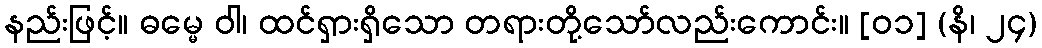
နည်းဖြင့်။ ဓမ္မေ ဝါ၊ ထင်ရှားရှိသော တရားတို့သော်လည်းကောင်း။ [၀၁] (နိ၊ ၂၄)